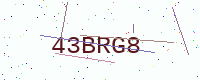
Text: 43BRG8